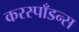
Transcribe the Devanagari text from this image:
करस्‍पाँडन्स